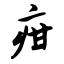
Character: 疳